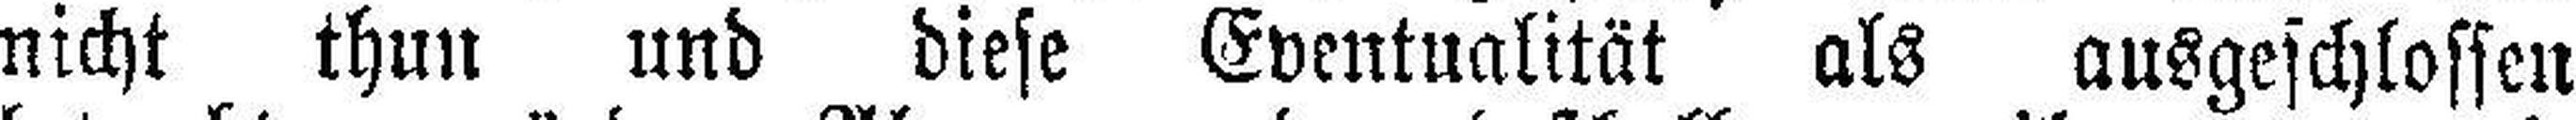
nicht thun und diese Eventualität als ausgeschlossen